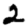
Digit: 2